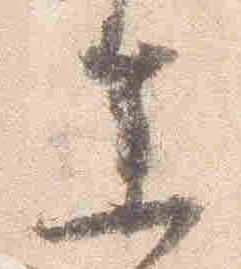
参